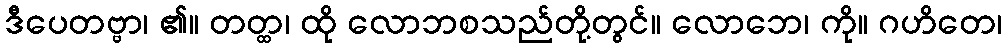
ဒီပေတဗ္ဗာ၊ ၏။ တတ္ထ၊ ထို လောဘစသည်တို့တွင်။ လောဘေ၊ ကို။ ဂဟိတေ၊